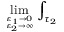
\operatorname * { l i m } _ { { \varepsilon _ { 1 } \to 0 } \atop { \varepsilon _ { 2 } \to \infty } } \int _ { \tau _ { 2 } }